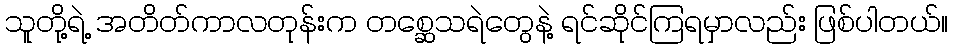
သူတို့ရဲ့ အတိတ်ကာလတုန်းက တစ္ဆေသရဲတွေနဲ့ ရင်ဆိုင်ကြရမှာလည်း ဖြစ်ပါတယ်။